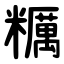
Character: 糲